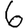
Digit: 6